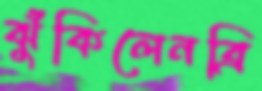
ঝুঁকিলেনব্রি